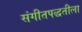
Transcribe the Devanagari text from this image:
संगीतपद्धतीला